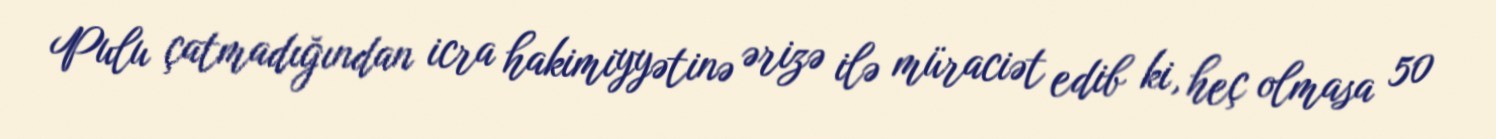
Pulu çatmadığından icra hakimiyyətinə ərizə ilə müraciət edib ki, heç olmasa 50